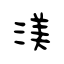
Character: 渼